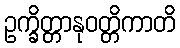
ဥက္ခိတ္တာနုဝတ္တိကာတိ